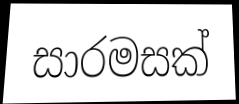
සාරමසක්